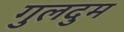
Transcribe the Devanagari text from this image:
गुलदुम